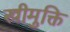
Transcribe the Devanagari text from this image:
स्त्रीमुक्ति